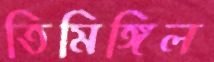
তিমিঙ্গিল